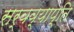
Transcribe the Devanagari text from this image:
सर्वव्याप्ति